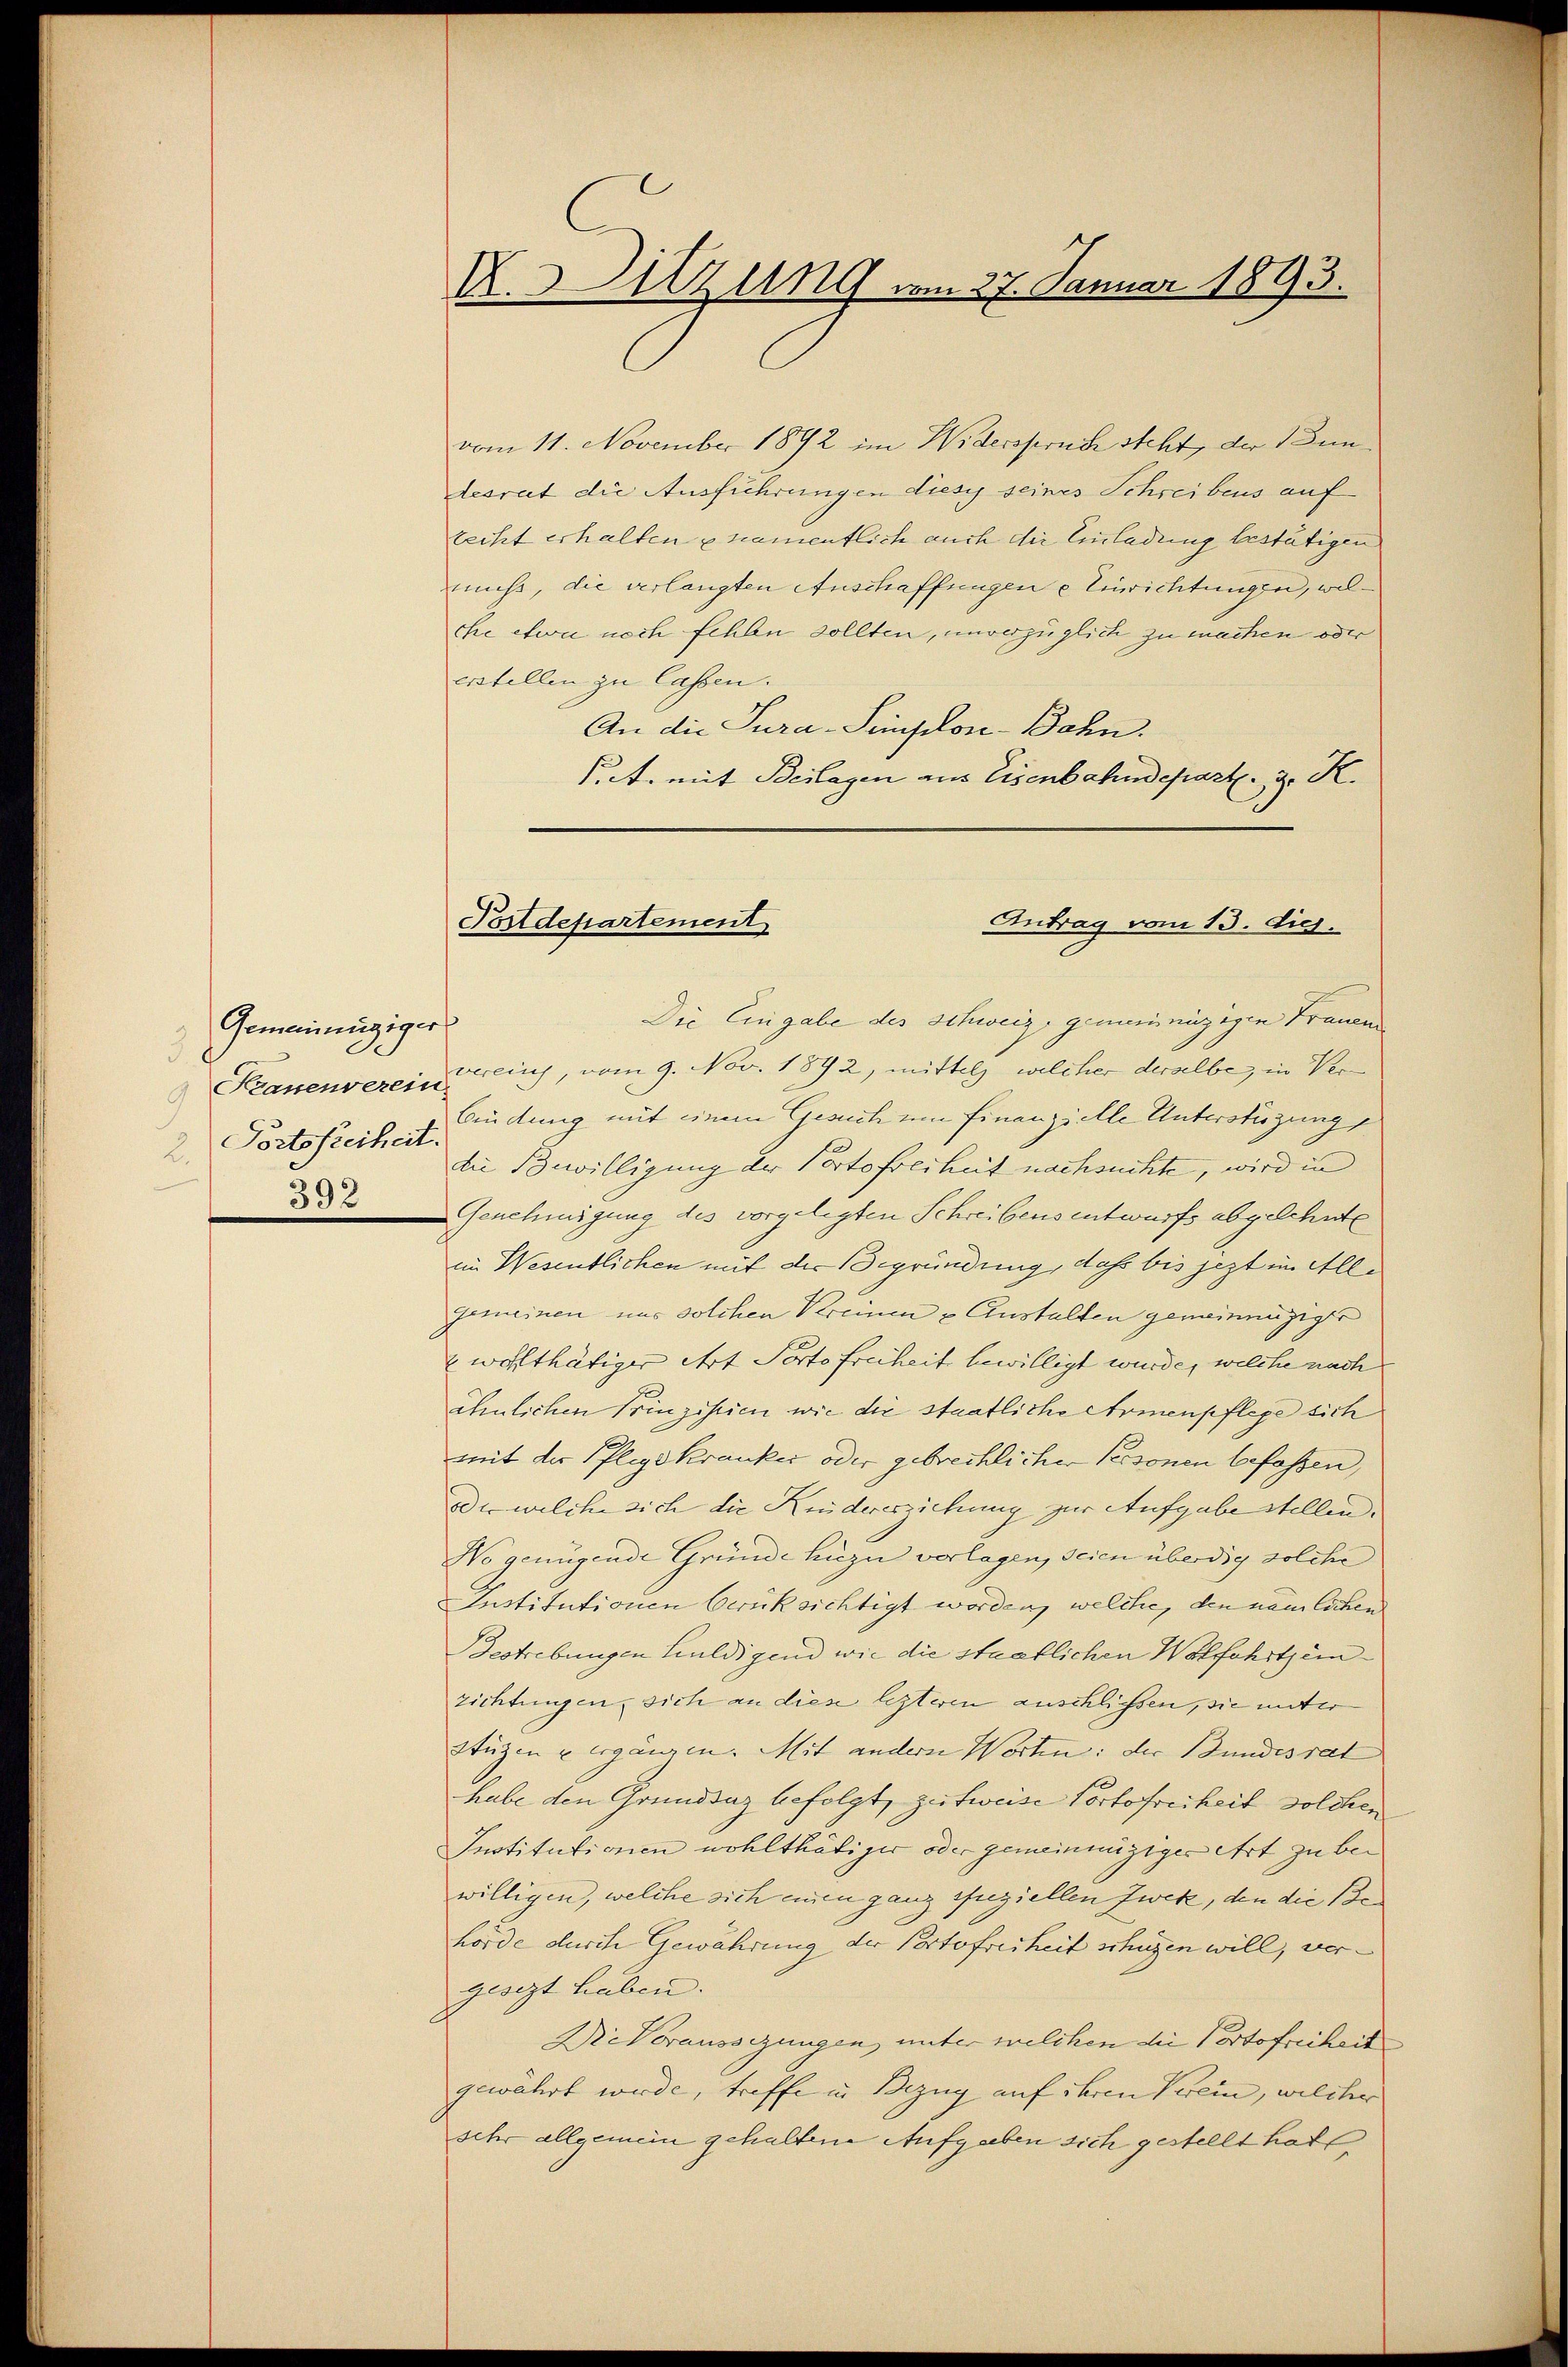
Gemeinnüziger
3.
9
Fortsfreiheit.
2.

K.Hitzung vom 27. Januar 1893.

vom 11. November 1892 im Widerspruch steht, der Bundesrat die Ausführungen dieses seines Schreibens auf
teißt erhalten u namentlich auch die Einladung bestätigen
muß, die verlangten Anschaffungen e Einrichtungen, welche etwa noch fehlen sollten, unverzüglich zu machen oder
erstellen zu lassen.
An die Tura-Simplon-Bahn.
Pct. mit Beilagen aus Eisenbahndepart. 3. K.

Fortdesartement
Antrag vom 13. die.

Die Eingabe des Schweiz genommenzigen Frauen
Krauenvereinlich, vom 9. Nov. 1872, mittels, welcher derselbe, in Ver
Bindung mit einem Gesuch um Finanzielle Unterstüzungs
die Bewilligung der Portofreiheit nachsuchte, wird in
82 Genehmigung des vorgelegten Schreibens entwurfs abgelehnte
im Wesentlichen mit der Begründung, daß bis jezt in Alle
Gemeinen uns solchen Kreinen u Anstalten gemeinenzige
wohlthätiger Art Portofreiheit bewilligt wurde, welche nach
ähnlichen Prinzipien wie die staatliche Armenpflege sich
mit der Pflegskranker oder gebrechlicher Personen befassen,
oder welche sich die Kindererziehung zur Aufgabe stellen.
No genügende Gründe hiezu verlagen, seien überdig solche
Institutionen berüksichtigt worden, welche, den nämlichen
Bestrebungen huldigend wie die staatlichen Wolfahrtsein
zichtungen, sich an diese lezteren anschliessen, sie unter
Stüzen u ergänzen. Mit andern Worten: der Bundesrat
habe den Grunddaz befolgt, zufweise Portofreiheit solchen
Institutionen wohlthätiger oder gemeinnüziger Art zu bewilligen, welche sich einen ganz zuziellen Zwek, den die Behörde durch Gewährung der Portofreiheit schüzen will, vergesezt haben.
Dr Voraussizungen, unter welchen die Portofreiheit
gewährt wurde, treffe in Bezug auf ihren Verein, welcher
sehr allgemein gehaltene Aufgaben sich gestellt hat